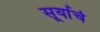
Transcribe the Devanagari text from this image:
सूर्याचं